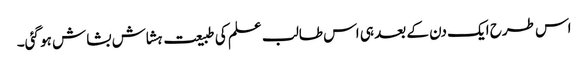
اس طرح ایک دن کے بعد ہی اس طالب علم کی طبیعت ہشاش بشاش ہو گئی۔